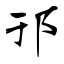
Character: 邗